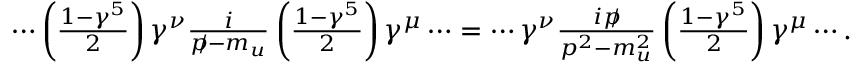
\begin{array} { r } { \cdots \left( \frac { 1 - \gamma ^ { 5 } } { 2 } \right) \gamma ^ { \nu } \frac { i } { p \! \! \! / - m _ { u } } \left( \frac { 1 - \gamma ^ { 5 } } { 2 } \right) \gamma ^ { \mu } \cdots = \cdots \gamma ^ { \nu } \frac { i p \! \! \! / } { p ^ { 2 } - m _ { u } ^ { 2 } } \left( \frac { 1 - \gamma ^ { 5 } } { 2 } \right) \gamma ^ { \mu } \cdots . } \end{array}